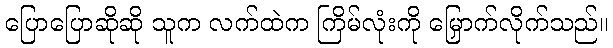
ပြောပြောဆိုဆို သူက လက်ထဲက ကြိမ်လုံးကို မြှောက်လိုက်သည်။